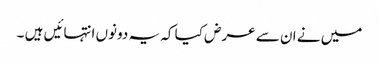
میں نے ان سے عرض کیا کہ یہ دونوں انتہائیں ہیں ۔